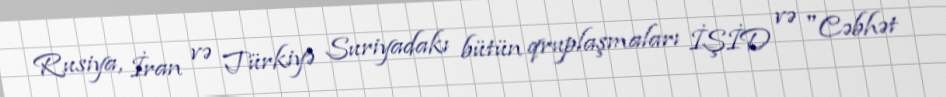
Rusiya, İran və Türkiyə Suriyadakı bütün qruplaşmaları İŞİD və "Cəbhət